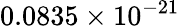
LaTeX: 0.0835\times 10^{-21}